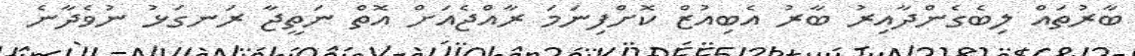
ބާރުތައް ލިބެގެންދާއިރު ބާރު އެބިއުޒް ކޮށްފިނަމަ ރާއްޖެއަށް އޮތް ނަތީޖާ ރަނގަޅު ނުވެދާނެ